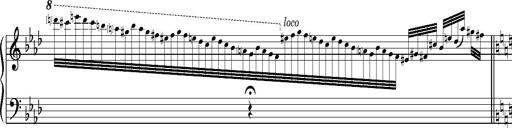
Title: Introduction des Variations sur une marche du SiÃ¨ge de Corinthe, S.421a
Composer: Franz Liszt
Key: F minor